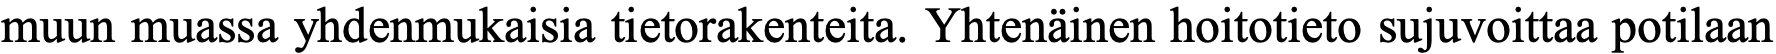
muun muassa yhdenmukaisia tietorakenteita. Yhtenäinen hoitotieto sujuvoittaa potilaan